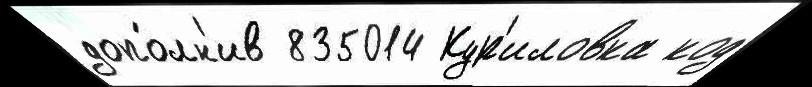
допо́лн'ив 835014 Кур'иловка код